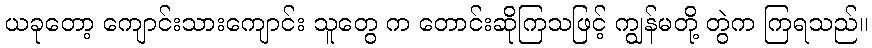
ယခုတော့ ကျောင်းသားကျောင်း သူတွေ က တောင်းဆိုကြသဖြင့် ကျွန်မတို့ တွဲက ကြရသည်။